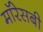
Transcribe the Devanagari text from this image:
मॉरेसबी